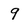
Character: 9